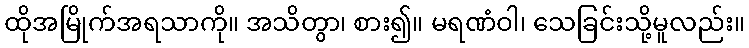
ထိုအမြိုက်အရသာကို။ အသိတွာ၊ စား၍။ မရဏံဝါ၊ သေခြင်းသို့မူလည်း။